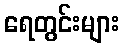
ရေတွင်းများ